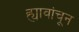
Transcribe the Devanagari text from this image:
ह्यावांचून